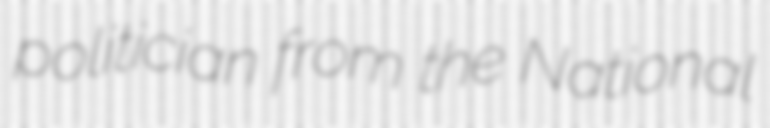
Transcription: politician from the National